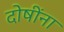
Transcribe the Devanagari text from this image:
दोषींना